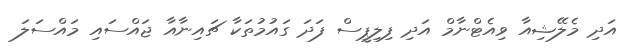
އަދި މެލޭޝިއާ ވިއެޓްނާމް އަދި ފިލިޕީސް ފަދަ ގައުމުތަކާ ޗައިނާއާ ޖައްސައި މައްސަލަ